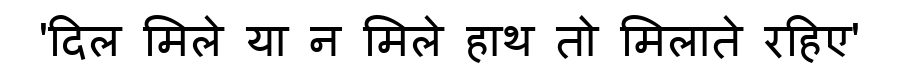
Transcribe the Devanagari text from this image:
'दिल मिले या न मिले हाथ तो मिलाते रहिए'